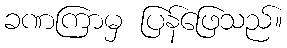
ခဏကြာမှ ပြန်ဖြေသည်။